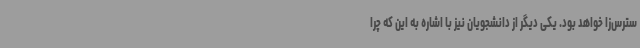
سترس‌زا خواهد بود. یکی دیگر از دانشجویان نیز با اشاره به این که چرا